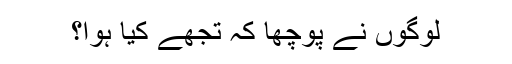
لوگوں نے پوچھا کہ تجھے کیا ہوا؟